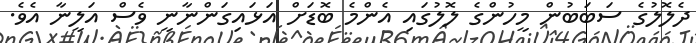
ދެލޮލުގެ ސަބަބުން މީހުންގެ ލޮލުގައި އެންމެ ބޮޑަށް އަޅައިގަންނާނީ ވެސް އަލީނާ އެވެ.